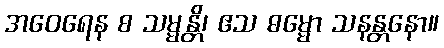
အဝေရေန စ သမ္မန္တိ၊ ဧသ ဓမ္မော သနန္တနော။